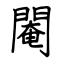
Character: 閹